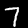
Digit: 7